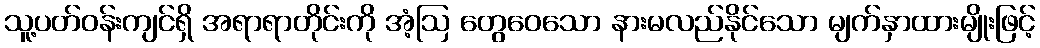
သူ့ပတ်ဝန်းကျင်ရှိ အရာရာတိုင်းကို အံ့ဩ တွေဝေသော နားမလည်နိုင်သော မျက်နှာထားမျိုးဖြင့်